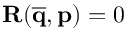
\mathbf { R } ( \mathbf { \overline { { q } } } , \mathbf { p } ) = 0